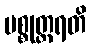
ပစ္စုတ္တရတိ